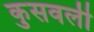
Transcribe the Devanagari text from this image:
कुसवली